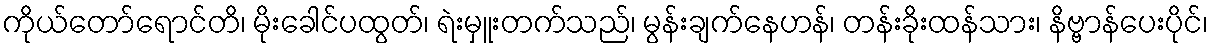
ကိုယ်တော်ရောင်တိ၊ မိုးခေါင်ပထွတ်၊ ရဲးမှူးတက်သည်၊ မွန်းချက်နေဟန်၊ တန်းခိုးထန်သား၊ နိဗ္ဗာန်ပေးပိုင်၊